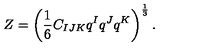
Z = \left( \frac 1 6 C _ { I J K } q ^ { I } q ^ { J } q ^ { K } \right) ^ { \frac 1 3 } .